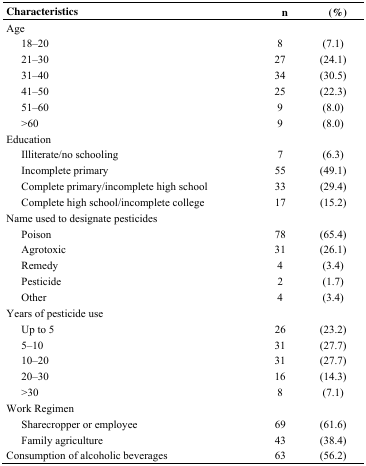
<table><thead><tr><td colspan="2"><b>Characteristics</b></td><td><b>n</b></td><td><b>(%)</b></td></tr></thead><tbody><tr><td colspan="2">Age</td><td></td><td></td></tr><tr><td></td><td>18–20</td><td>8</td><td>(7.1)</td></tr><tr><td></td><td>21–30</td><td>27</td><td>(24.1)</td></tr><tr><td></td><td>31–40</td><td>34</td><td>(30.5)</td></tr><tr><td></td><td>41–50</td><td>25</td><td>(22.3)</td></tr><tr><td></td><td>51–60</td><td>9</td><td>(8.0)</td></tr><tr><td></td><td>&gt;60</td><td>9</td><td>(8.0)</td></tr><tr><td colspan="2">Education</td><td></td><td></td></tr><tr><td></td><td>Illiterate/no schooling</td><td>7</td><td>(6.3)</td></tr><tr><td></td><td>Incomplete primary</td><td>55</td><td>(49.1)</td></tr><tr><td></td><td>Complete primary/incomplete high school</td><td>33</td><td>(29.4)</td></tr><tr><td></td><td>Complete high school/incomplete college</td><td>17</td><td>(15.2)</td></tr><tr><td colspan="3">Name used to designate pesticides</td><td></td></tr><tr><td></td><td>Poison</td><td>78</td><td>(65.4)</td></tr><tr><td></td><td>Agrotoxic </td><td>31</td><td>(26.1)</td></tr><tr><td></td><td>Remedy</td><td>4</td><td>(3.4)</td></tr><tr><td></td><td>Pesticide</td><td>2</td><td>(1.7)</td></tr><tr><td></td><td>Other</td><td>4</td><td>(3.4)</td></tr><tr><td colspan="2">Years of pesticide use</td><td></td><td></td></tr><tr><td></td><td>Up to 5</td><td>26</td><td>(23.2)</td></tr><tr><td></td><td>5–10</td><td>31</td><td>(27.7)</td></tr><tr><td></td><td>10–20</td><td>31</td><td>(27.7)</td></tr><tr><td></td><td>20–30</td><td>16</td><td>(14.3)</td></tr><tr><td></td><td>&gt;30 </td><td>8</td><td>(7.1)</td></tr><tr><td colspan="2">Work Regimen</td><td></td><td></td></tr><tr><td></td><td>Sharecropper or employee </td><td>69</td><td>(61.6)</td></tr><tr><td></td><td>Family agriculture</td><td>43</td><td>(38.4)</td></tr><tr><td colspan="2">Consumption of alcoholic beverages</td><td>63</td><td>(56.2)</td></tr></tbody></table>